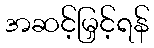
အဆင့်မြှင့်ရန်